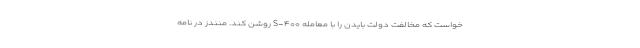
خواست که مخالفت دولت بایدن را با معامله S-۴۰۰ روشن کند. منندز در نامه